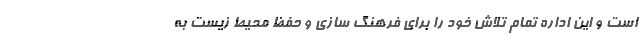
است و این اداره تمام تلاش خود را برای فرهنگ سازی و حفظ محیط زیست به